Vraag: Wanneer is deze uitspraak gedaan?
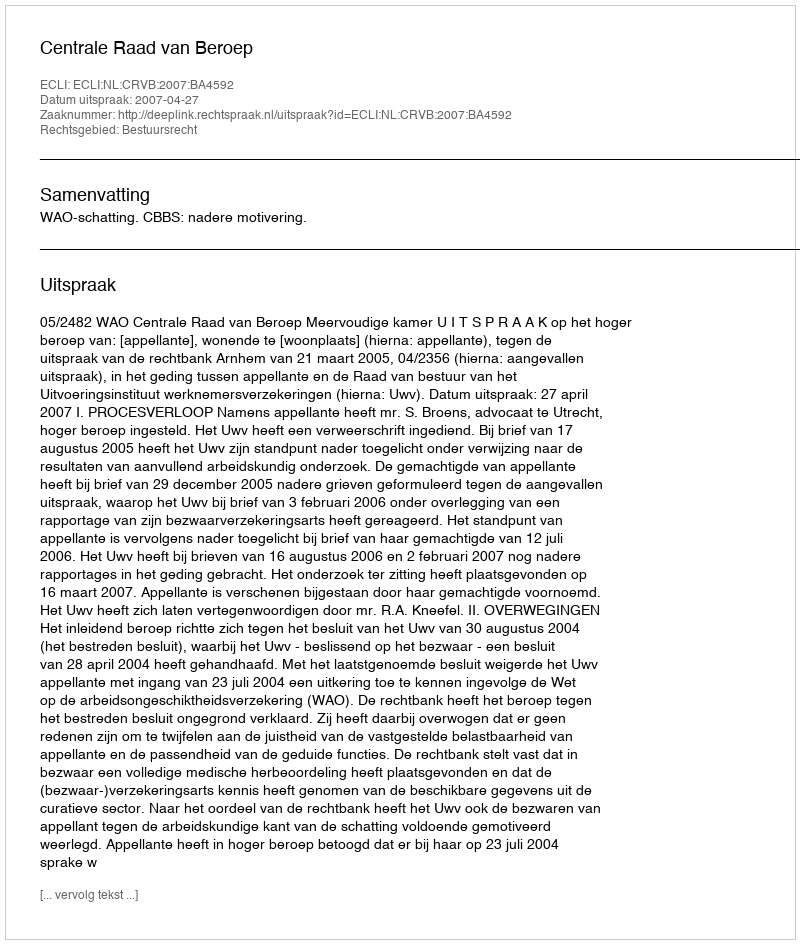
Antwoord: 2007-04-27